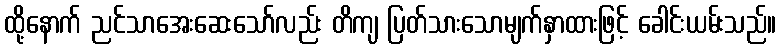
ထို့နောက် ညင်သာအေးဆေးသော်လည်း တိကျ ပြတ်သားသောမျက်နှာထားဖြင့် ခေါင်းယမ်းသည်။